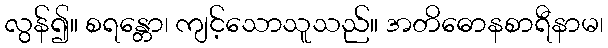
လွန်၍။ စရန္တော၊ ကျင့်သောသူသည်။ အတိဓောနစာရီနာမ၊